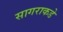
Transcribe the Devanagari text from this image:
सागराकडे